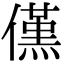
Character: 𠏽